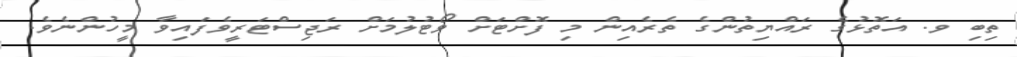
ތިބި ވ. އަތޮޅުގެ ރައްޔިތުންގެ ތެރެއިން މި ފޮށްޓަށް ވޯޓުލުމަށް ރަޖިސްޓަރީވެފައިވާ މީހުންނެވެ.